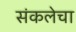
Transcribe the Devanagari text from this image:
संकलेचा